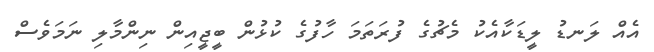
އެއް ލަނޑު ލީޑަކާއެކު މެޗުގެ ފުރަތަމަ ހާފުގެ ކުޅުން ބީޖީއިން ނިންމާލި ނަމަވެސް